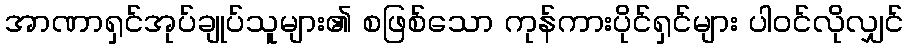
အာဏာရှင်အုပ်ချုပ်သူများ၏ စဖြစ်သော ကုန်ကားပိုင်ရှင်များ ပါဝင်လိုလျှင်